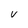
Character: V